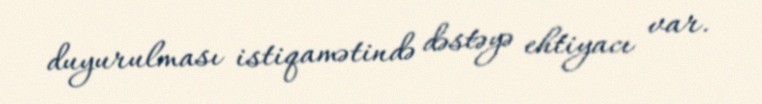
duyurulması istiqamətində dəstəyə ehtiyacı var.